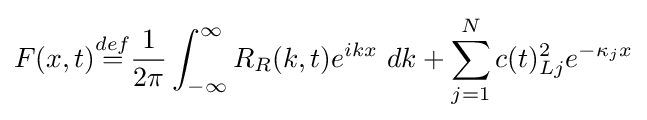
F(x,t){\overset {def}{=}}{\frac {1}{2\pi }}\int _{-\infty }^{\infty }R_{R}(k,t)e^{ikx}\ dk+\sum _{j=1}^{N}c(t)_{Lj}^{2}e^{-\kappa _{j}x}